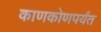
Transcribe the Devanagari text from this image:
काणकोणपर्यंत